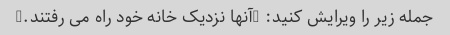
جمله زیر را ویرایش کنید: "آنها نزدیک خانه خود راه می رفتند."